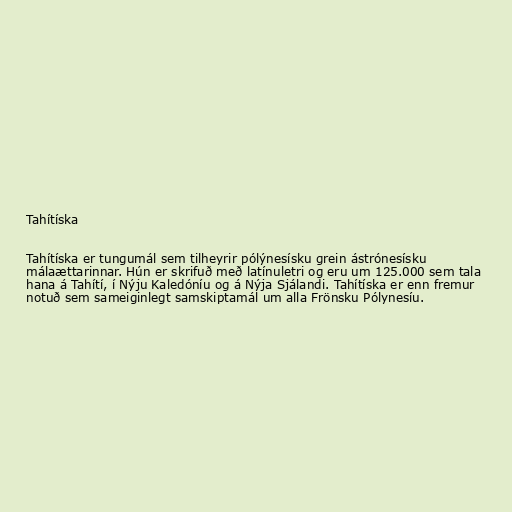
Tahítíska

Tahítíska er tungumál sem tilheyrir pólýnesísku grein ástrónesísku
málaættarinnar. Hún er skrifuð með latínuletri og eru um 125.000 sem tala
hana á Tahítí, í Nýju Kaledóníu og á Nýja Sjálandi. Tahítíska er enn fremur
notuð sem sameiginlegt samskiptamál um alla Frönsku Pólynesíu.